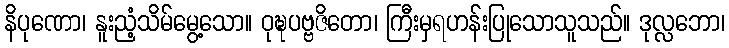
နိပုဏော၊ နူးညံ့သိမ်မွေ့သော။ ဝုဍ္ဎပဗ္ဗဇိတော၊ ကြီးမှရဟန်းပြုသောသူသည်။ ဒုလ္လဘော၊